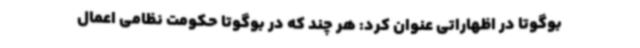
بوگوتا در اظهاراتی عنوان کرد: هر چند که در بوگوتا حکومت نظامی اعمال